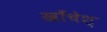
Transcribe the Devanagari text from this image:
खाँचेश्